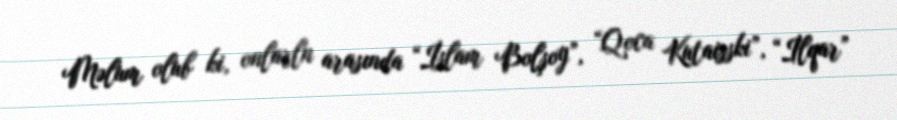
Məlum olub ki, onlarln arasında “İslam Bolşoy”, “Qoca Kutaisski”, “İlqar”